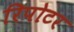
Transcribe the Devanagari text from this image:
रिपोटर